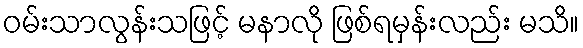
ဝမ်းသာလွန်းသဖြင့် မနာလို ဖြစ်ရမှန်းလည်း မသိ။